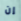
إن